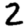
Digit: 2